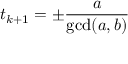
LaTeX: t _ { k + 1 } = \pm { \frac { a } { \operatorname* { g c d } ( a , b ) } }